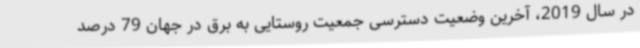
در سال 2019، آخرین وضعیت دسترسی جمعیت روستایی به برق در جهان 79 درصد